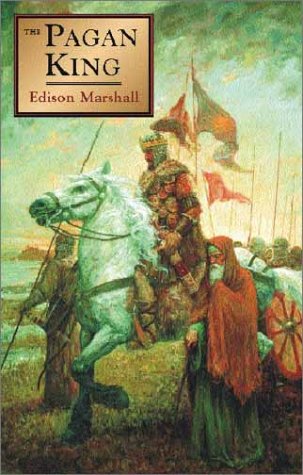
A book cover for The Pagan King; Edison Marshall; Science Fiction & Fantasy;